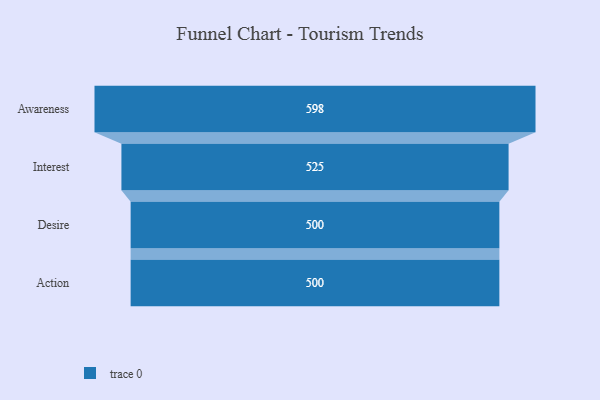
{"axis": {"x": "Stage", "y": "Value"}, "legend": [""], "data": [{"x": "Awareness", "y": 598.0, "type": ""}, {"x": "Interest", "y": 525.0, "type": ""}, {"x": "Desire", "y": 500, "type": ""}, {"x": "Action", "y": 500, "type": ""}]}